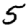
Digit: 5